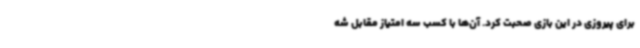
برای پیروزی در این بازی صحبت کرد. آن‌ها با کسب سه امتیاز مقابل شه